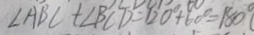
\angle A B C + \angle B C D = 1 2 0 ^ { \circ } + 6 0 ^ { \circ } = 1 8 0 ^ { \circ }